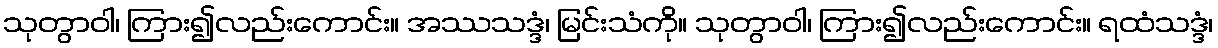
သုတွာဝါ၊ ကြား၍လည်းကောင်း။ အဿသဒ္ဒံ၊ မြင်းသံကို။ သုတွာဝါ၊ ကြား၍လည်းကောင်း။ ရထံသဒ္ဒံ၊